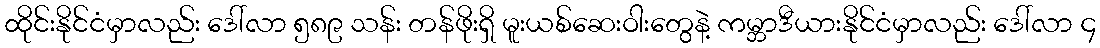
ထိုင်းနိုင်ငံမှာလည်း ဒေါ်လာ ၅၈၉ သန်း တန်ဖိုးရှိ မူးယစ်ဆေးဝါးတွေနဲ့ ကမ္ဘာဒီယားနိုင်ငံမှာလည်း ဒေါ်လာ ၄